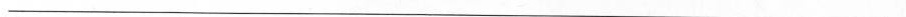
___